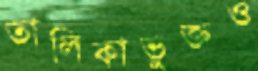
তালিকাভুক্তও